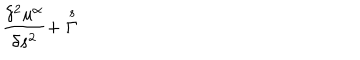
\frac { \delta ^ { 2 } u ^ { \alpha } } { \delta s ^ { 2 } } + \stackrel { s } { \Gamma }